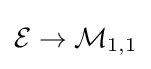
{\mathcal {E}}\to {\mathcal {M}}_{1,1}